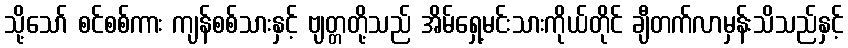
သို့သော် စင်စစ်ကား ကျန်စစ်သားနှင့် ဗျတ္တတို့သည် အိမ်ရှေ့မင်းသားကိုယ်တိုင် ချီတက်လာမှန်းသိသည်နှင့်